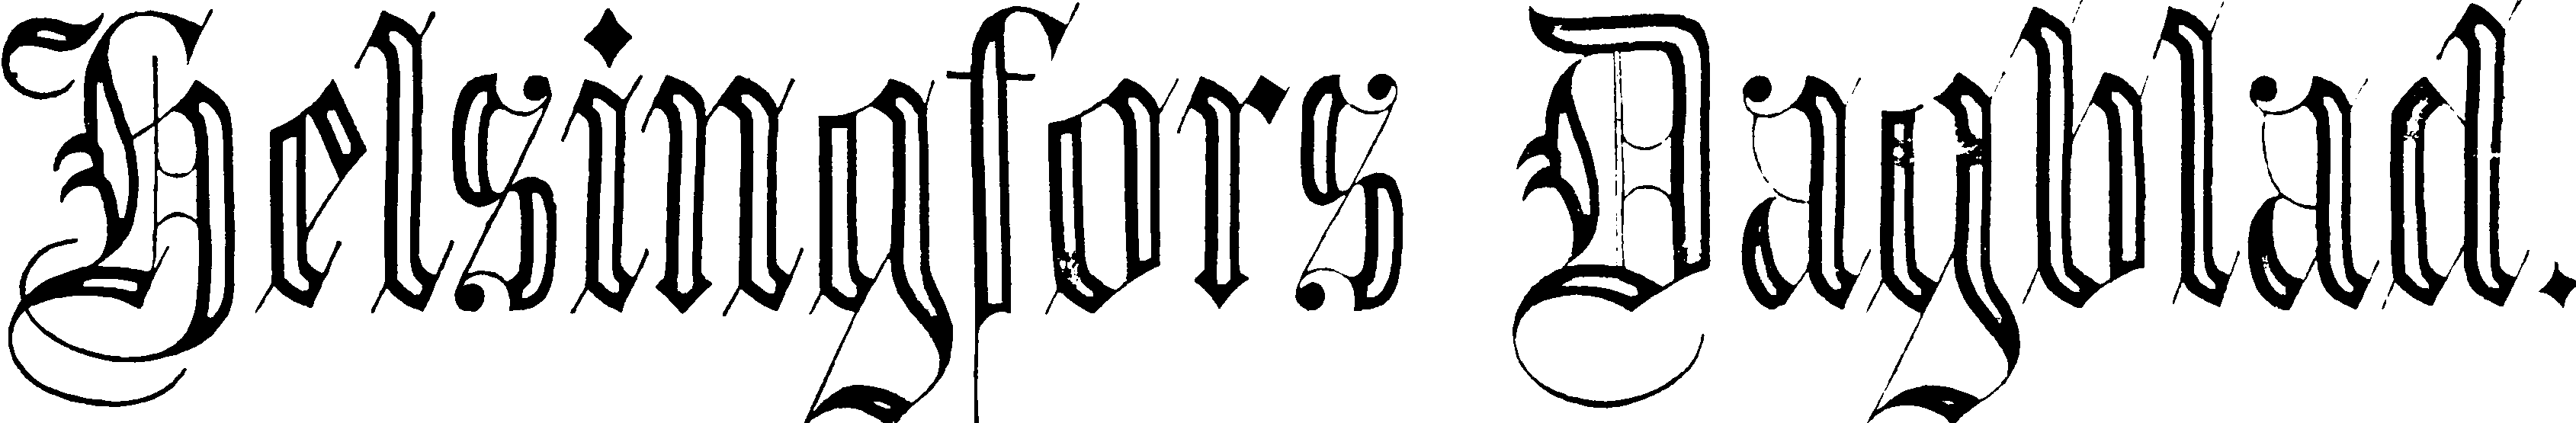
Helsingfors Dagblad.